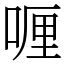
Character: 喱